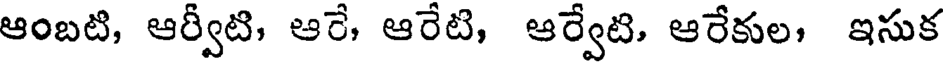
ఆంబటి, ఆర్వీటి, ఆరే, ఆరేటి, ఆర్వేటి, ఆరేకుల, ఇసుక